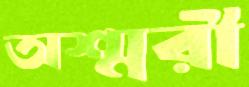
অশ্মরী